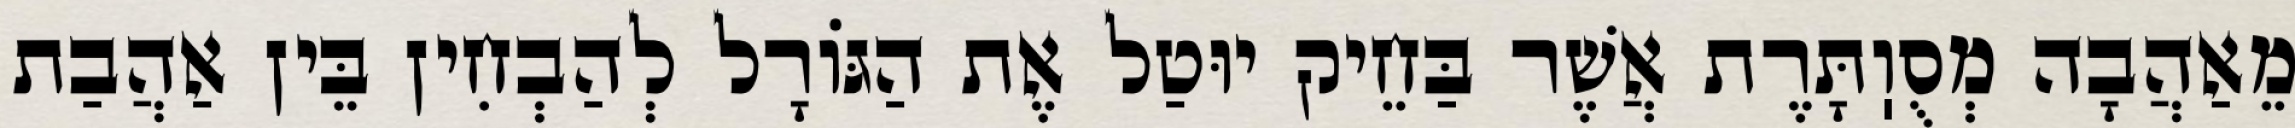
מֵאַהֲבָה מְסֻוֽתָּרֶת אֲשֶׁר בַּחֵיק יוּטַל אֶת הַגּוֹרָל לְהַבְחִין בֵּין אַהֲבַת